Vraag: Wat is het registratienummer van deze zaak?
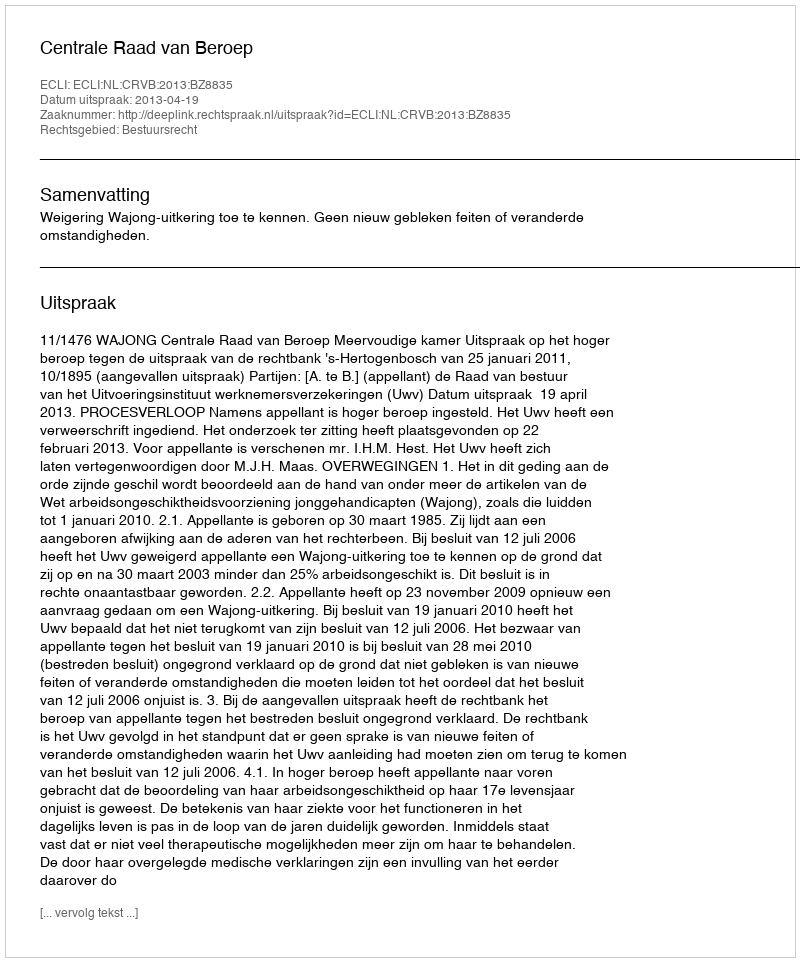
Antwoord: http://deeplink.rechtspraak.nl/uitspraak?id=ECLI:NL:CRVB:2013:BZ8835